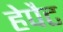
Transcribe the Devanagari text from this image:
हेपैट